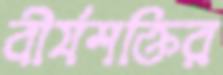
বীর্যশক্তির